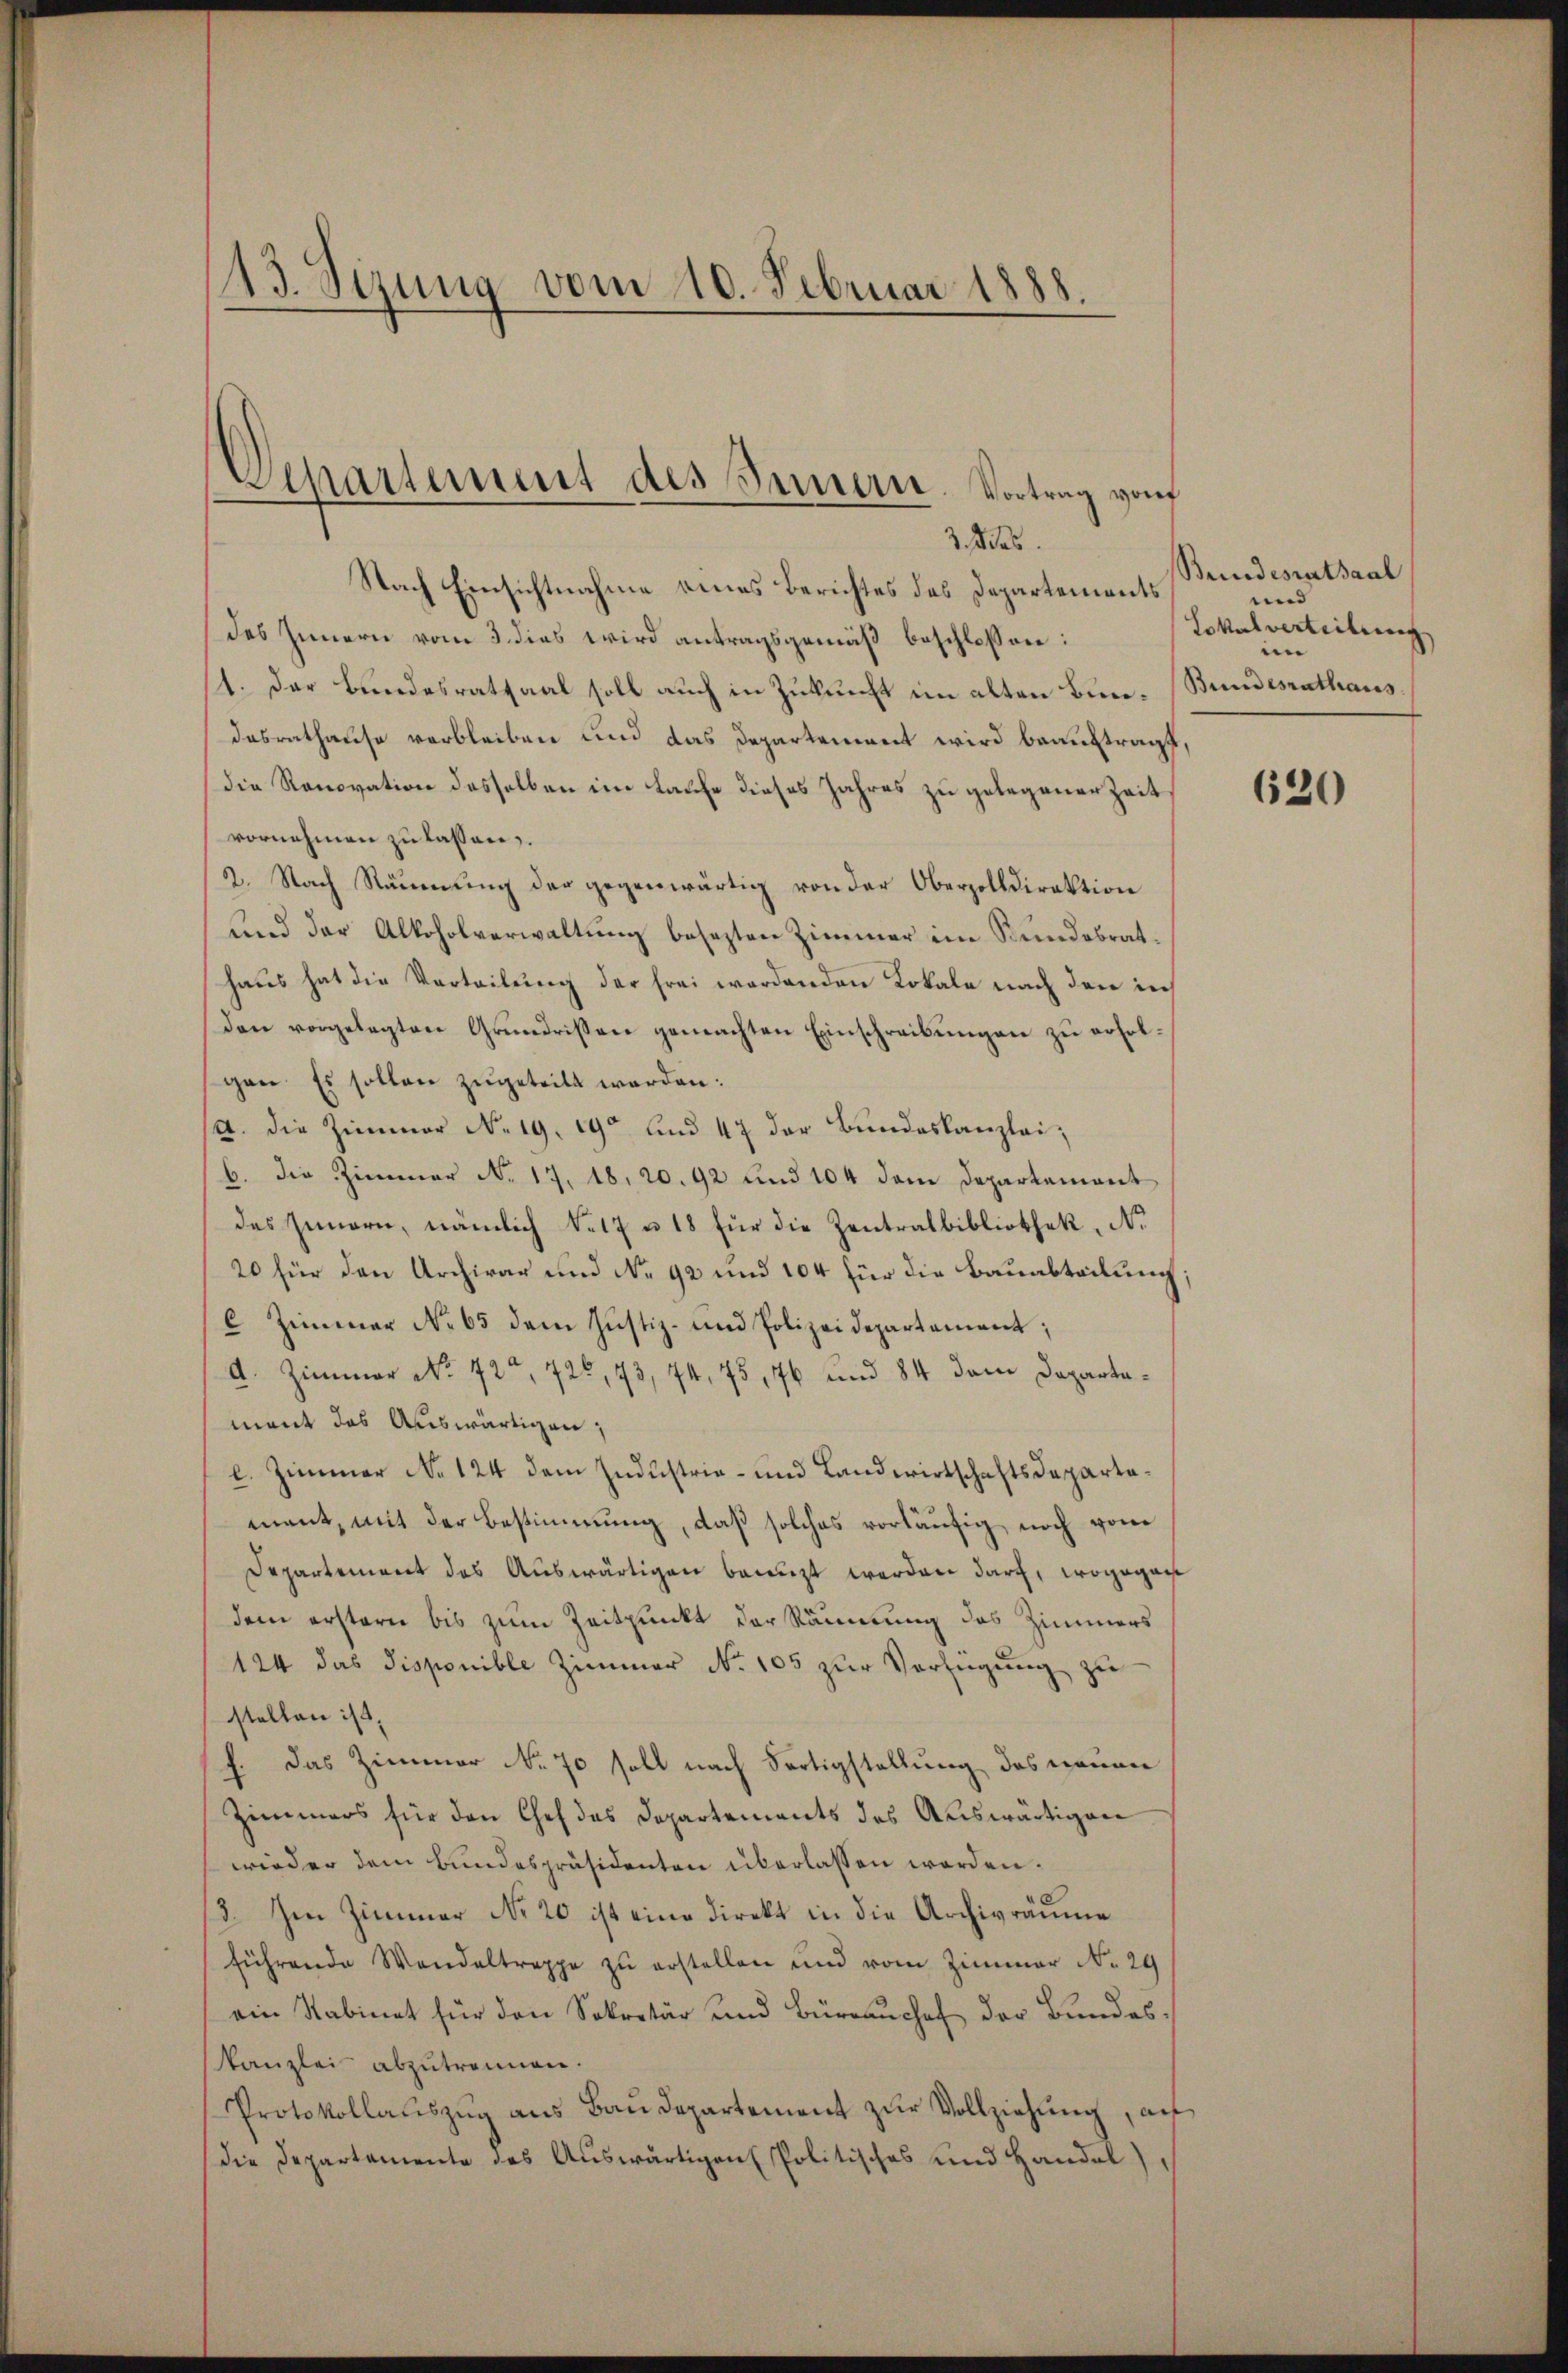
13. Sizung vom 10. Februar 1888.

Departement des Sauern. Vortrag von
3., das

Nach Einsichtnahme eines Berichtes des Departements
des Innern vom 3. dies wird antragsgemäß beschlossen:
1. Der Bundesratsaal soll auch in Zukunft im alten Bundasrathause verbleiben und das Departement wird beauftragt,
(die Renovation desselben im Laufe dieses Jahres zu gelegener Zeit
vornehmen zu lassen.
2. Nach Räumung der gegenwärtig von der Oberzolldirektion
und der Alkoholverwaltung besezten Zimmer im Stundobrathaus hat die Vorteilung der frei wordenden Lokale nach den ich
Den vorgelegten Grundrissen gemachten Einschreibungen zu erholgen. Es sollen zugeteilt werden:
/A. die Zimmer No. 19. 190 und 47 der Bundeskanzlei,
b. Die Zimmer No. 17, 18, 20. 92 und 104 dem Departement
des Innern, nämlich S. 17 u 18 für die Zentralbibliothek, No
20 für den Archivar und No 92 und 104 für die Bauabteilung
 Zimmer No 65 dem Justiz- und Polizeidepartement;
A. Zimmer No 72t, 726, 43, 74, 75 176 und 84 dem Departamant das Auswärtigen;
l. Zimmer No 124 dem Industrie- und Landwirtschaftsdepartament, mit der Bestimmung, daß solches vorläufig noch vom
Departement des Auswärtigen benuzt werden darch, wogegan
dem erstern bis zum Zeitpunkt der Räumung des Zimmers
124 das Disponible Zimmer No 105 zur Verfügung zu
stellen ist,
f. Das Zimmer No. 70 soll nach Fertigstellung des neuen
Zimmers für den Chef des Departements des Auswärtigen
wieder dem Bundespräsidenten überlassen worden.
8. Im Zimmer No 20 ist eine direkt in die Archivräŭme
führende Wandeltreppe zu erstellen und vom Zimmer No. 29
ein Sabinet für den Sekretär und Büreaŭchef der Bundeskanzlei abzutrennen.
Protokollalszŭg ans Baŭdepartement zŭr Vollziehung, au
(die Departemente des Auswärtigen Politisches und Handel

Bundesratsaal
und
Lokalverteilung
e
Bundesrathaus.

620